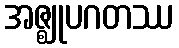
အဇ္ဈုပဂတဿ